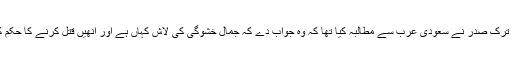
یاد رہے کہ ترک صدر نے سعودی عرب سے مطالبہ کیا تھا کہ وہ جواب دے کہ جمال خشوگی کی لاش کہاں ہے اور انھیں قتل کرنے کا حکم کس نے دیا؟